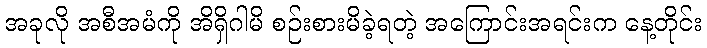
အခုလို အစီအမံကို အိရှိဂါမိ စဉ်းစားမိခဲ့ရတဲ့ အကြောင်းအရင်းက နေ့တိုင်း